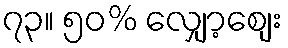
၇၃။ ၅၀% လျှော့စျေး